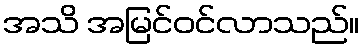
အသိ အမြင်ဝင်လာသည်။